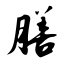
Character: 膳